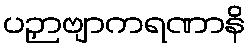
ပဉှာဗျာကရဏာနိ